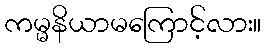
ကမ္မနိယာမကြောင့်လား။